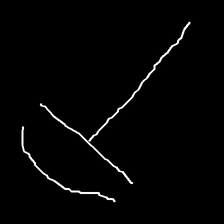
Glyph: dispersion